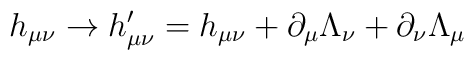
h_{\mu\nu} \rightarrow h'_{\mu\nu} = h_{\mu\nu} + \partial_\mu \Lambda_\nu+ \partial_\nu \Lambda_\mu